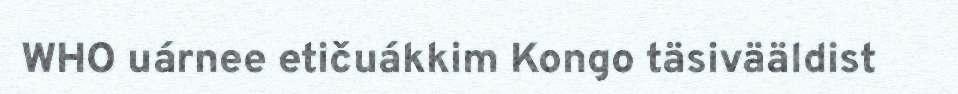
WHO uárnee etičuákkim Kongo täsivääldist